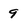
Character: 9